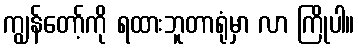
ကျွန်တော့်ကို ရထားဘူတာရုံမှာ လာ ကြိုပါ။